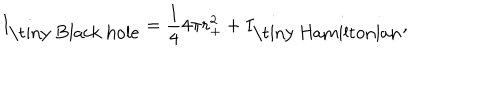
I _ { \mathrm { \tiny ~ B l a c k ~ h o l e } } = \frac { 1 } { 4 } 4 \pi r _ { + } ^ { 2 } + I _ { \mathrm { \tiny ~ H a m i l t o n i a n } } ,